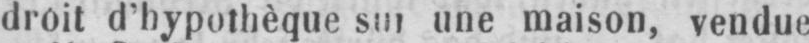
une maison, vendue